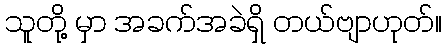
သူတို့ မှာ အခက်အခဲရှိ တယ်ဗျာဟုတ်။